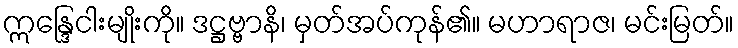
ဣန္ဒြေငါးမျိုးကို။ ဒဋ္ဌဗ္ဗာနိ၊ မှတ်အပ်ကုန်၏။ မဟာရာဇ၊ မင်းမြတ်။